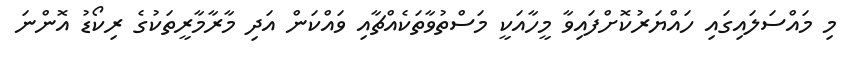
މި މައްސަލައިގައި ހައްޔަރުކޮށްފައިވާ މީހާއަކީ މަސްތުވާތަކެއްޗާއި ވައްކަން އަދި މާރާމާރީތަކުގެ ރިކޯޑު އޮންނަ